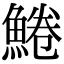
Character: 䱧